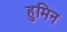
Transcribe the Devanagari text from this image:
हुमिन